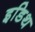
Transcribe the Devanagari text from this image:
इडिथ